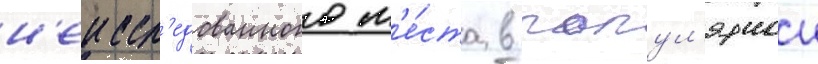
н'еиссл'едованного м'е́ста в попул'ярнои